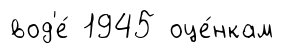
вод'е́ 1945 оце́нкам